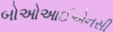
બોઓઆઈએનસી